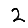
Digit: 2